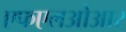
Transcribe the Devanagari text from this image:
एफएलओआर